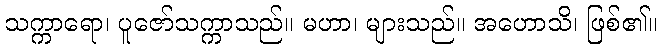
သက္ကာရော၊ ပူဇော်သက္ကာသည်။ မဟာ၊ များသည်။ အဟောသိ၊ ဖြစ်၏။